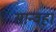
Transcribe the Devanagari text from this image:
सान्वहा